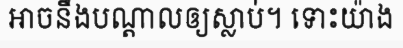
អាចនឹងបណ្តាលឲ្យស្លាប់។ ទោះយ៉ាង